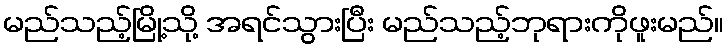
မည်သည့်မြို့သို့ အရင်သွားပြီး မည်သည့်ဘုရားကိုဖူးမည်။